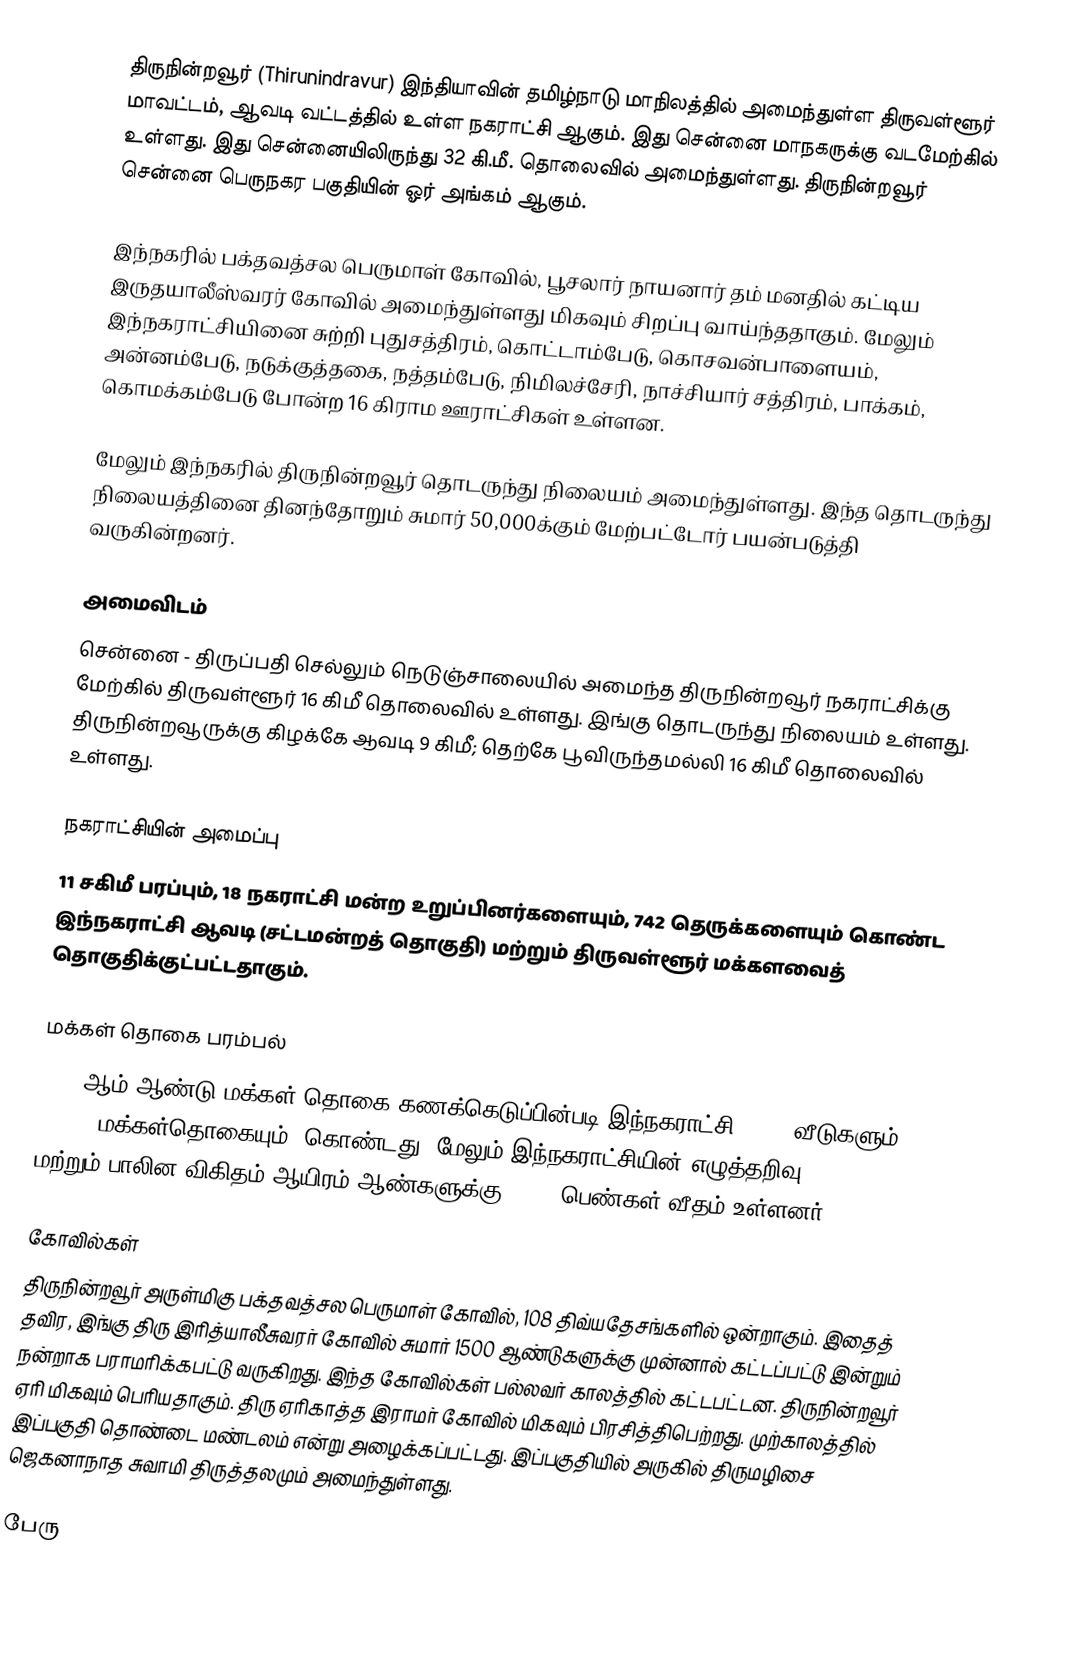
திருநின்றவூர் (Thirunindravur) இந்தியாவின் தமிழ்நாடு மாநிலத்தில் அமைந்துள்ள திருவள்ளூர் மாவட்டம், ஆவடி வட்டத்தில் உள்ள நகராட்சி ஆகும். இது சென்னை மாநகருக்கு வடமேற்கில் உள்ளது. இது சென்னையிலிருந்து 32 கி.மீ. தொலைவில் அமைந்துள்ளது. திருநின்றவூர் சென்னை பெருநகர பகுதியின் ஓர் அங்கம் ஆகும்.

இந்நகரில் பக்தவத்சல பெருமாள் கோவில், பூசலார் நாயனார் தம் மனதில் கட்டிய இருதயாலீஸ்வரர் கோவில் அமைந்துள்ளது மிகவும் சிறப்பு வாய்ந்ததாகும். மேலும் இந்நகராட்சியினை சுற்றி புதுசத்திரம், கொட்டாம்பேடு, கொசவன்பாளையம், அன்னம்பேடு, நடுக்குத்தகை, நத்தம்பேடு, நிமிலச்சேரி, நாச்சியார் சத்திரம், பாக்கம், கொமக்கம்பேடு போன்ற 16 கிராம ஊராட்சிகள் உள்ளன.

மேலும் இந்நகரில் திருநின்றவூர் தொடருந்து நிலையம் அமைந்துள்ளது. இந்த தொடருந்து நிலையத்தினை தினந்தோறும் சுமார் 50,000க்கும் மேற்பட்டோர் பயன்படுத்தி வருகின்றனர்.

அமைவிடம்
சென்னை - திருப்பதி செல்லும் நெடுஞ்சாலையில் அமைந்த திருநின்றவூர் நகராட்சிக்கு மேற்கில் திருவள்ளூர் 16 கிமீ தொலைவில் உள்ளது. இங்கு தொடருந்து நிலையம் உள்ளது. திருநின்றவூருக்கு கிழக்கே ஆவடி 9 கிமீ; தெற்கே பூவிருந்தமல்லி   16 கிமீ தொலைவில் உள்ளது.

நகராட்சியின் அமைப்பு
11 சகிமீ பரப்பும், 18 நகராட்சி மன்ற உறுப்பினர்களையும், 742 தெருக்களையும்  கொண்ட இந்நகராட்சி ஆவடி  (சட்டமன்றத் தொகுதி) மற்றும் திருவள்ளூர் மக்களவைத் தொகுதிக்குட்பட்டதாகும்.

மக்கள் தொகை பரம்பல்
2011-ஆம் ஆண்டு மக்கள் தொகை கணக்கெடுப்பின்படி   இந்நகராட்சி  9,425 வீடுகளும், 37,095 மக்கள்தொகையும், கொண்டது. மேலும் இந்நகராட்சியின் எழுத்தறிவு  92.26% மற்றும்  பாலின விகிதம்   ஆயிரம் ஆண்களுக்கு,  1016  பெண்கள் வீதம் உள்ளனர்.

கோவில்கள்
திருநின்றவூர் அருள்மிகு பக்தவத்சல பெருமாள் கோவில், 108 திவ்யதேசங்களில் ஒன்றாகும். இதைத் தவிர, இங்கு திரு இரித்யாலீசுவரர் கோவில் சுமார் 1500 ஆண்டுகளுக்கு முன்னால் கட்டப்பட்டு இன்றும் நன்றாக பராமரிக்கபட்டு வருகிறது. இந்த கோவில்கள் பல்லவர் காலத்தில் கட்டபட்டன. திருநின்றவூர் ஏரி மிகவும் பெரியதாகும். திரு ஏரிகாத்த இராமர் கோவில் மிகவும் பிரசித்திபெற்றது. முற்காலத்தில்  இப்பகுதி தொண்டை மண்டலம் என்று அழைக்கப்பட்டது. இப்பகுதியில்  அருகில் திருமழிசை ஜெகனாநாத சுவாமி திருத்தலமும் அமைந்துள்ளது.

பேரு